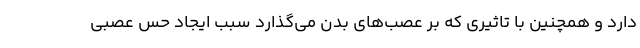
دارد و همچنین با تاثیری که بر عصب‌های بدن می‌گذارد سبب ایجاد حس عصبی